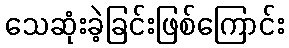
သေဆုံးခဲ့ခြင်းဖြစ်ကြောင်း